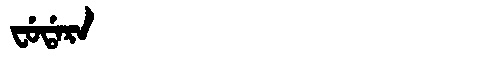
Manchu: ᠸᡠᡩᠠᡵᠠ
Romanization: FUDARA